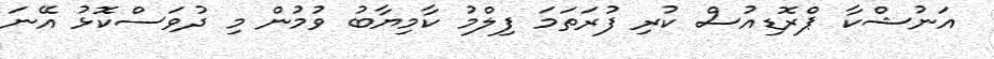
އަނުޝްކާ ޕްރޮޑިއުސް ކުރި ފުރަތަމަ ފިލްމު ކާމިޔާބު ވުމުން މި ދުވަސްކޮޅު އޭނަ